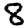
Digit: 8